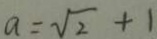
a = \sqrt { 2 } + 1